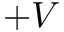
+ V